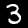
Label: 3